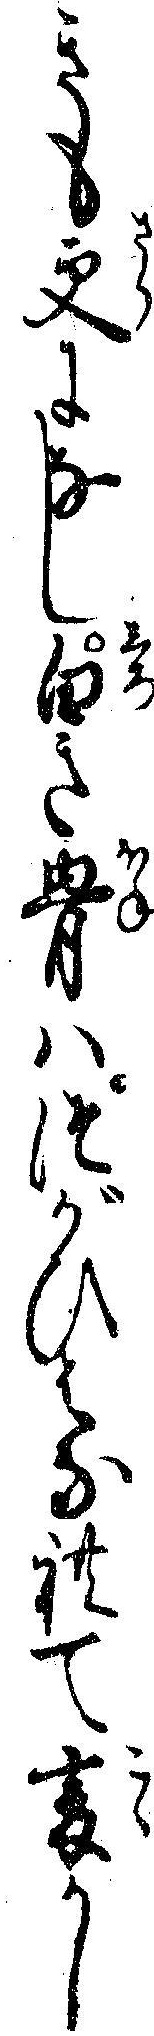
きも更になし白き骨ハつがひはなれて爰かし